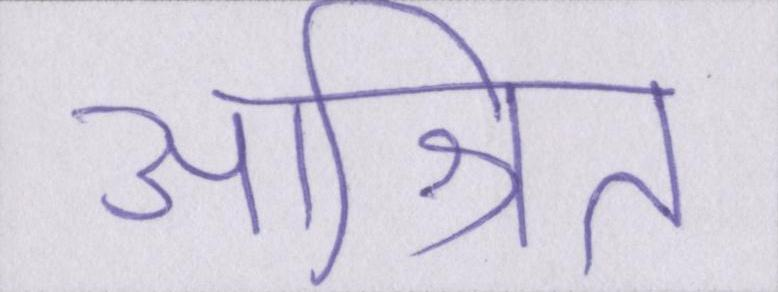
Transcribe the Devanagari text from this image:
आश्रित